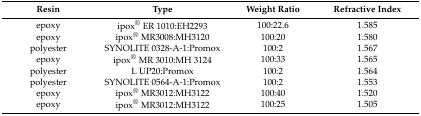
| Resin | Type | Weight Ratio | Refractive Index |
 | --- | --- | --- | --- |
 | epoxy | ipox® ER 1010:EH2293 | 100:22.6 | 1.585 |
 | epoxy | ipox® MR3008:MH3120 | 100:20 | 1.580 |
 | polyester | SYNOLITE 0328-A-1:Promox | 100:2 | 1.567 |
 | epoxy | ipox® MR 3010:MH 3124 | 100:33 | 1.565 |
 | polyester | L UP20:Promox | 100:2 | 1.564 |
 | polyester | SYNOLITE 0564-A-1:Promox | 100:2 | 1.553 |
 | epoxy | ipox® MR3012:MH3122 | 100:40 | 1.520 |
 | epoxy | ipox® MR3012:MH3122 | 100:25 | 1.505 |